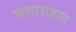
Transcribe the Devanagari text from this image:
सत्यग्रहण